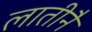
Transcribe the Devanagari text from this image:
लातीनै